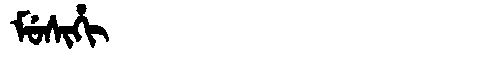
Manchu: ᠮᡠᠰᡳᡥᡳ
Romanization: MUSIHI